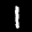
Label: 1